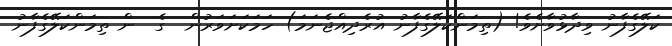
ކަލޭގެފާނު ވިދާޅުވާށެވެ! (ތިމަންކަލޭގެފާނު އުރެދިއްޖެނަމަ) ހަމަކަށަވަރުން  ގެ  ން ތިމަންކަލޭގެފާނު